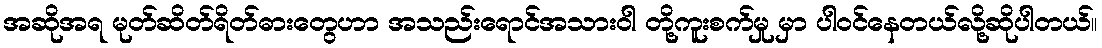
အဆိုအရ မုတ်ဆိတ်ရိတ်ဓားတွေဟာ အသည်းရောင်အသားဝါ တို့ကူးစက်မှု မှာ ပါဝင်နေတယ်လို့ဆိုပါတယ်။